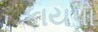
કાયપો